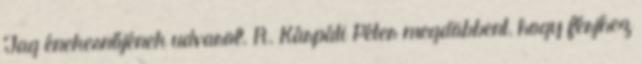
Tag énekesnőjének udvarol. R. Kárpáti Péter megdöbbent, hogy férjhez